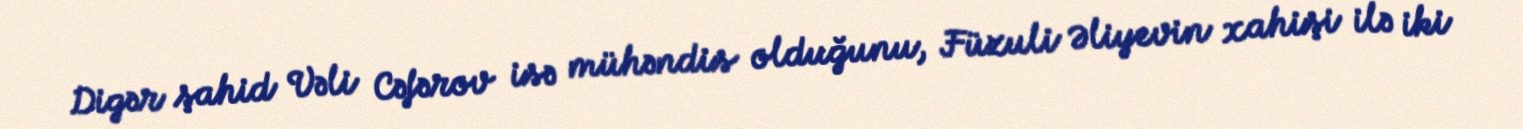
Digər şahid Vəli Cəfərov isə mühəndis olduğunu, Füzuli Əliyevin xahişi ilə iki